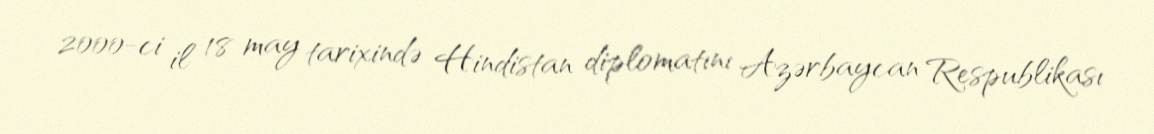
2000-ci il 18 may tarixində Hindistan diplomatını Azərbaycan Respublikası